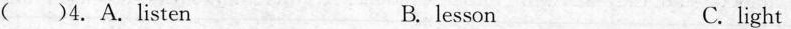
( )4. A.listen B.lesson C. light